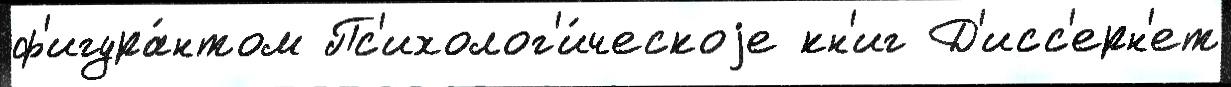
ф'игура́нтом Пс'ихолог'и́ческоjе кн'иг Д'исс'ерн'ет